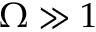
\Omega \gg 1